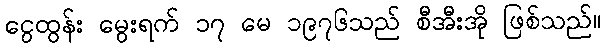
ငွေထွန်း မွေးရက် ၁၇ မေ ၁၉၇၆သည် စီအီးအို ဖြစ်သည်။